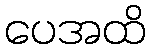
ပေအထိ